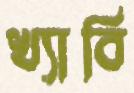
খ্যাবি